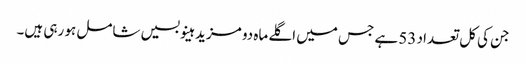
جن کی کل تعداد 53 ہے جس میں اگلے ماہ دو مزید ہینو بسیں شامل ہو رہی ہیں۔